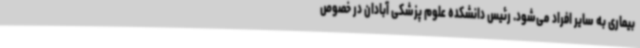
بیماری به سایر افراد می‌شود. رئیس دانشکده علوم پزشکی آبادان در خصوص